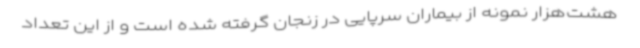
هشت‌هزار نمونه از بیماران سرپایی در زنجان گرفته شده است و از این تعداد